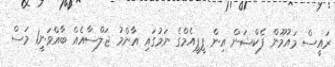
ރައީސް މައުމޫން ފެކްޝަން އިން ޕީޕީއެމްގެ ނަމުގައި އާންމު ޖަލްސާއެއް ބާއްވަނީ1 މަސް